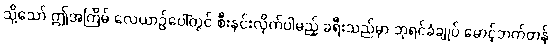
သို့သော် ဤအကြိမ် လေယာဉ်ပေါ်တွင် စီးနင်းလိုက်ပါမည့် ခရီးသည်မှာ ဘုရင်ခံချုပ် မောင့်ဘက်တန်